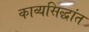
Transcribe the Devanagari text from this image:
काव्यसिद्धांत